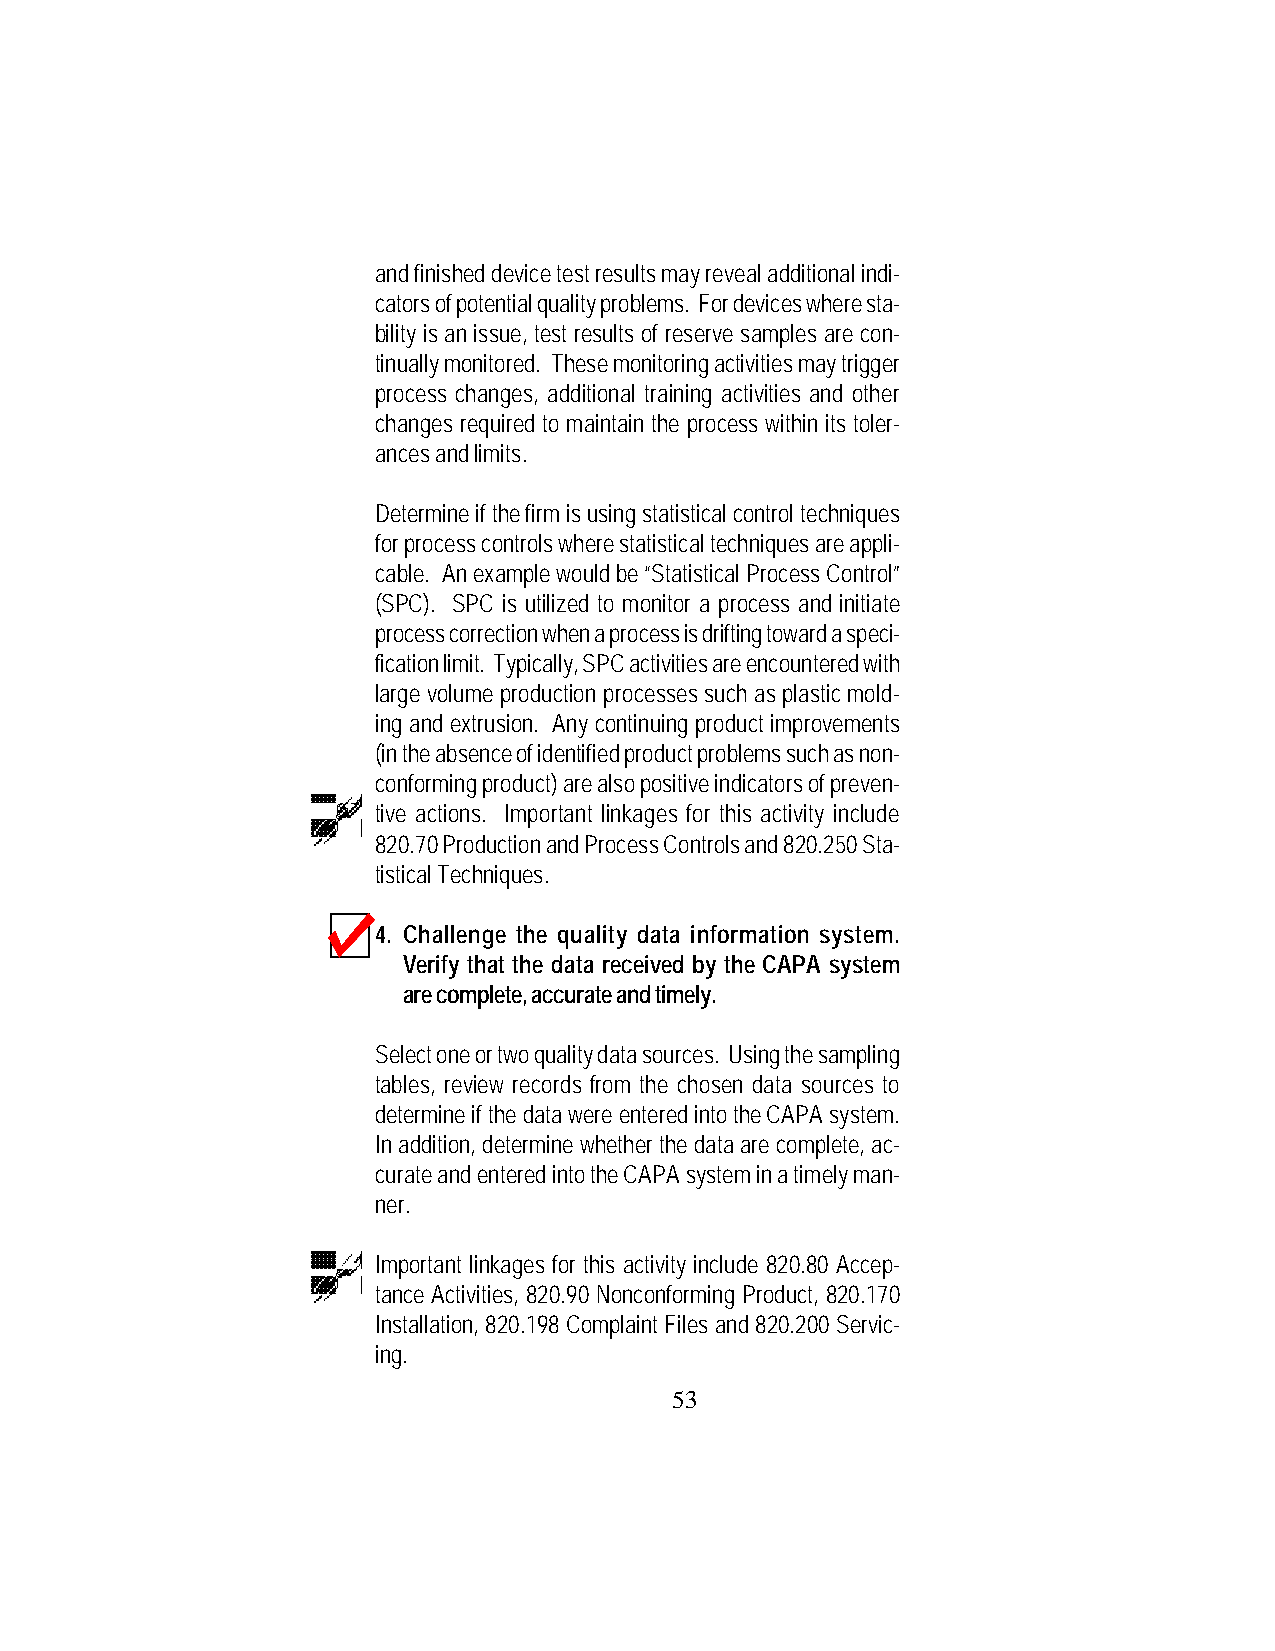
and finished device test results may reveal additional indi-
 cators of potential quality problems. For devices where sta-
 bility is an issue, test results of reserve samples are con-
 tinually monitored. These monitoring activities may trigger
 process changes, additional training activities and other
 changes required to maintain the process within its toler-
 ances and limits.
 Determine if the firm is using statistical control techniques
 for process controls where statistical techniques are appli-
 cable. An example would be “Statistical Process Control”
 (SPC). SPC is utilized to monitor a process and initiate
 process correction when a process is drifting toward a speci-
 fication limit. Typically, SPC activities are encountered with
 large volume production processes such as plastic mold-
 ing and extrusion. Any continuing product improvements
 (in the absence of identified product problems such as non-
 conforming product) are also positive indicators of preven-
 tive actions. Important linkages for this activity include
 820.70 Production and Process Controls and 820.250 Sta-
 tistical Techniques.
 4. Challenge the quality data information system.
 Verify that the data received by the CAPA system
 are complete, accurate and timely.
 Select one or two quality data sources. Using the sampling
 tables, review records from the chosen data sources to
 determine if the data were entered into the CAPA system.
 In addition, determine whether the data are complete, ac-
 curate and entered into the CAPA system in a timely man-
 ner.
 Important linkages for this activity include 820.80 Accep-
 tance Activities, 820.90 Nonconforming Product, 820.170
 Installation, 820.198 Complaint Files and 820.200 Servic-
 ing.
 53